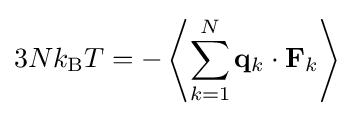
3Nk_{\rm {B}}T=-\left\langle \sum _{k=1}^{N}\mathbf {q} _{k}\cdot \mathbf {F} _{k}\right\rangle